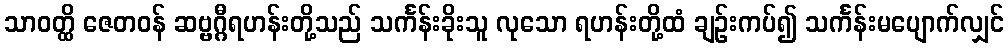
သာဝတ္ထိ ဇေတဝန် ဆဗ္ဗဂ္ဂီရဟန်းတို့သည် သင်္ကန်းခိုးသူ လုသော ရဟန်းတို့ထံ ချဉ်းကပ်၍ သင်္ကန်းမပျောက်လျှင်